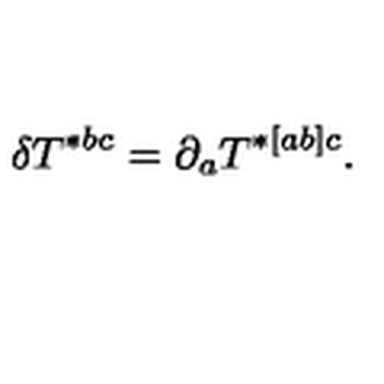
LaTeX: \delta T ^ { * b c } = \partial _ { a } T ^ { * [ a b ] c } .